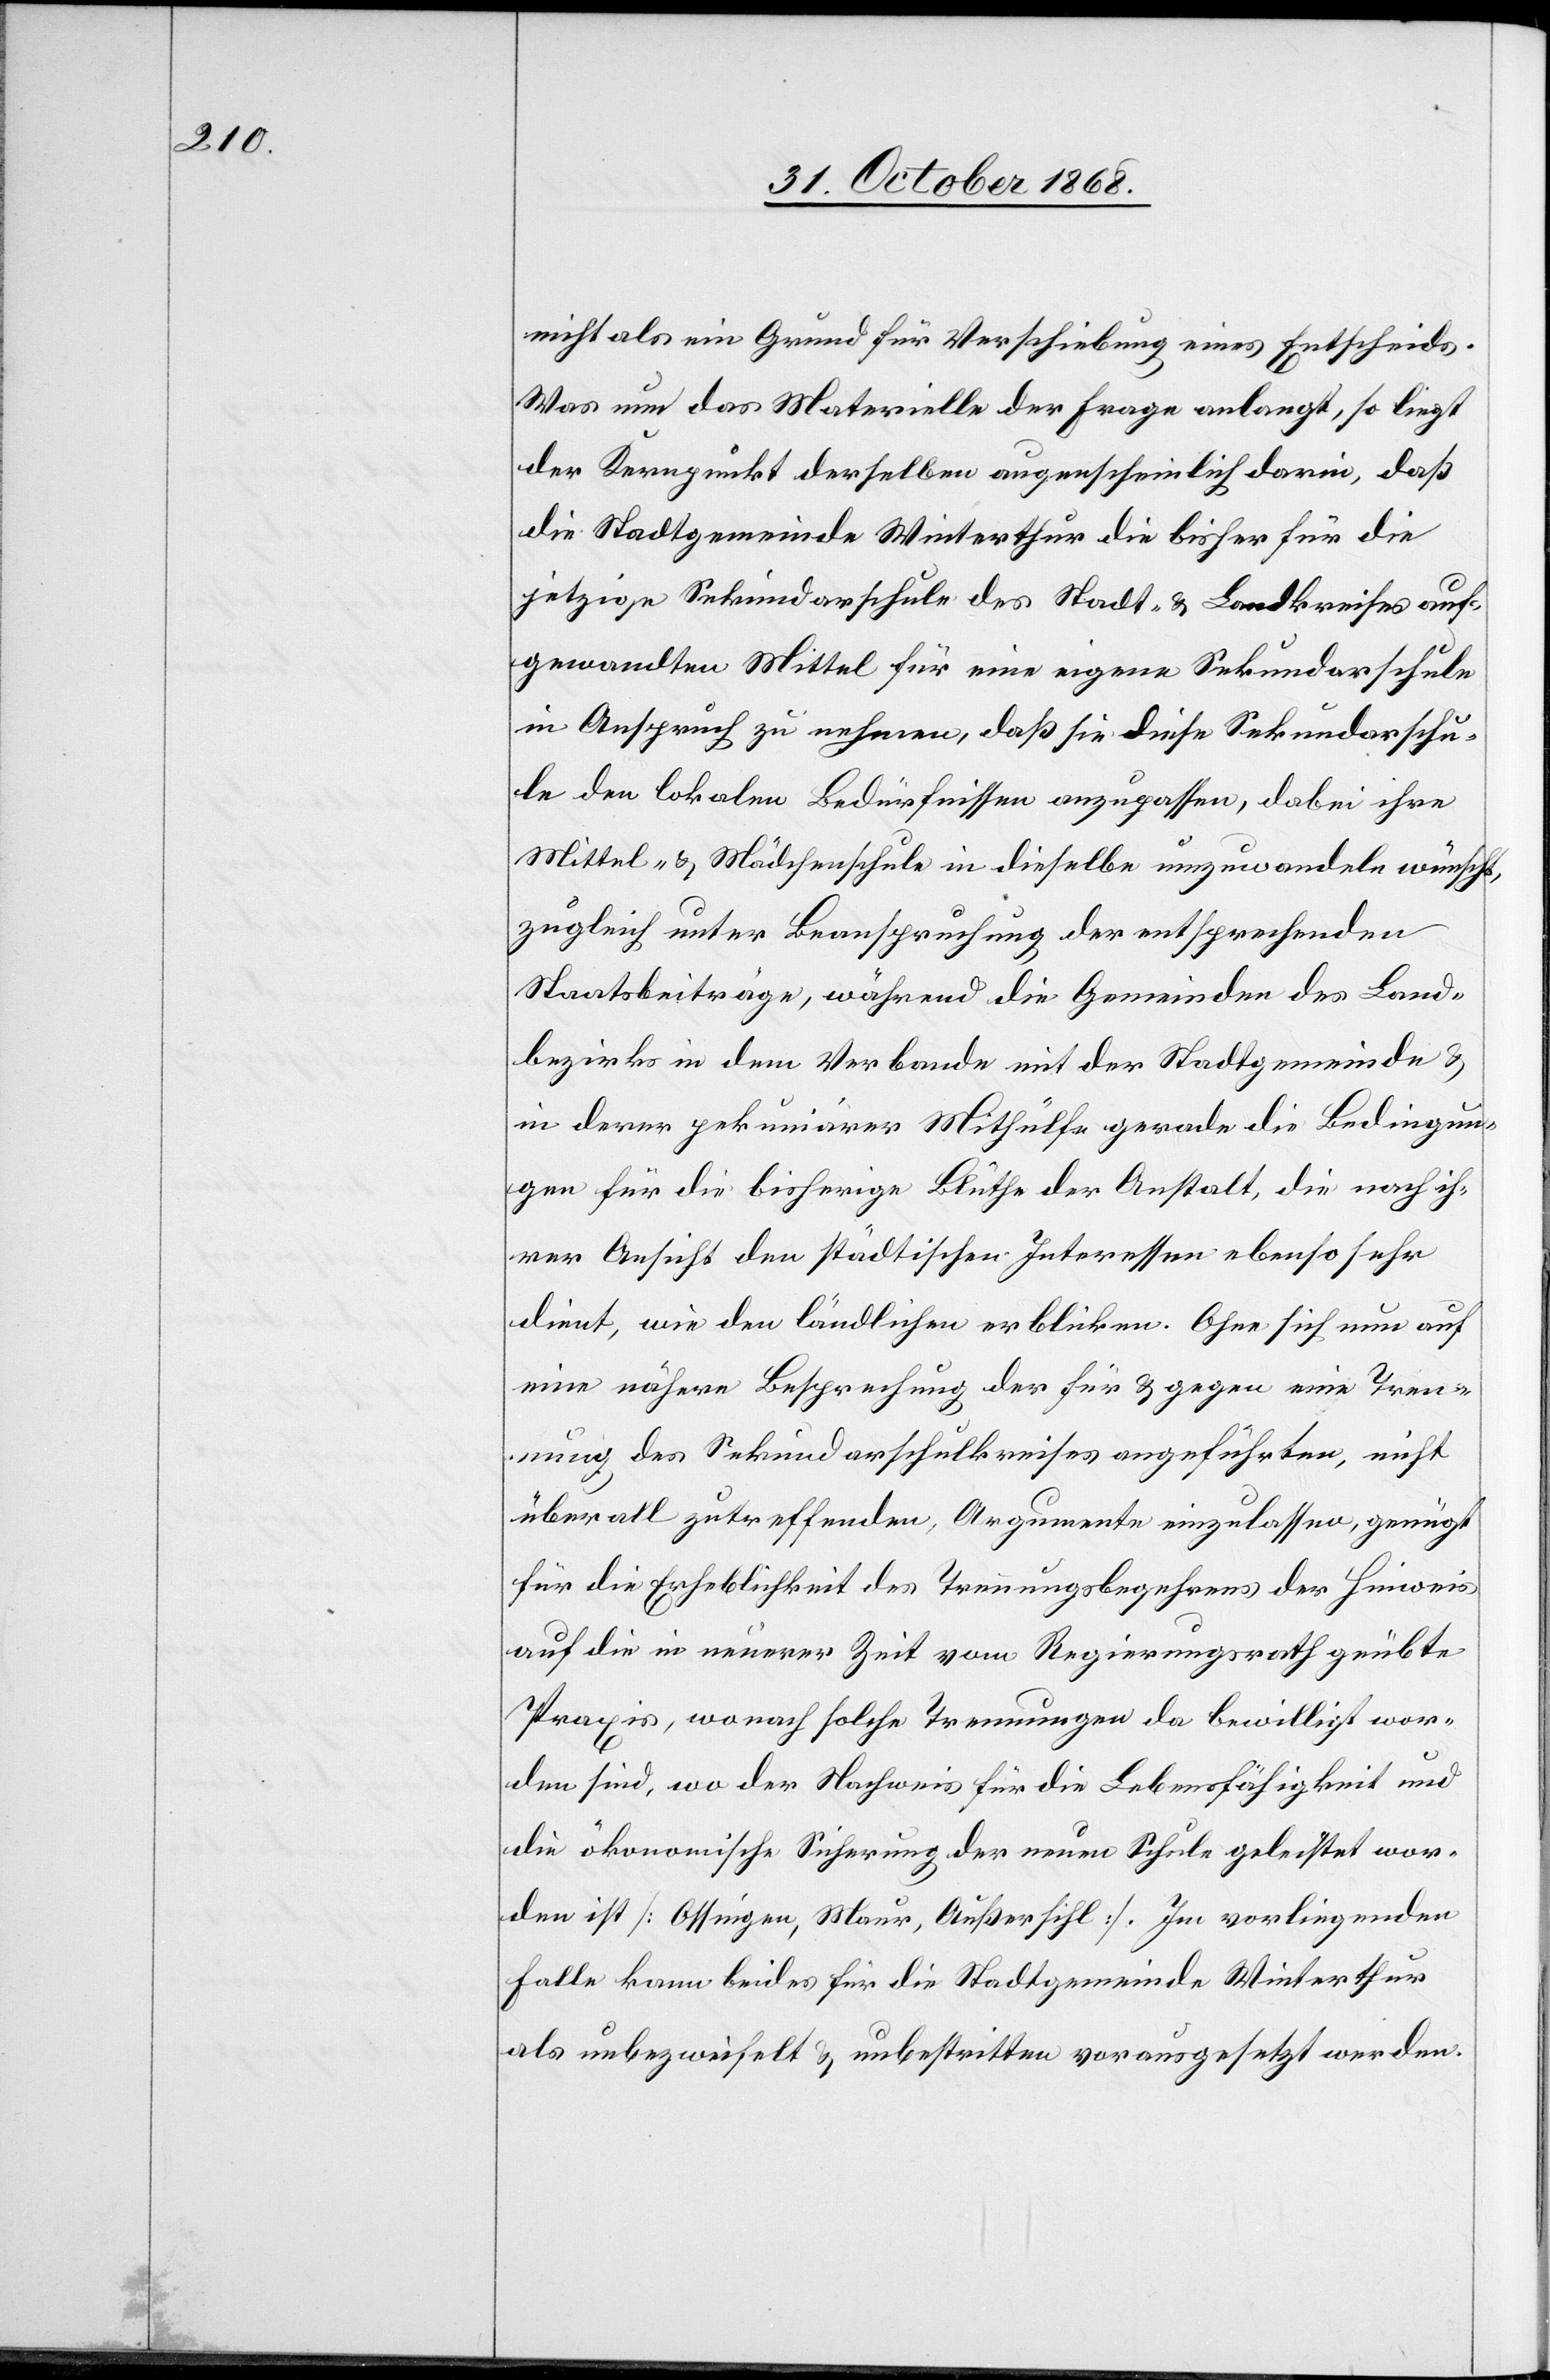
nicht als ein Grund für Verschiebung eines Entscheids.
Was nun das Materielle der Frage anlangt, so liegt
der Kernpunkt derselben augenscheinlich darin, daß
die Stadtgemeinde Winterthur die bisher für die
jetzige Sekundarschule des Stadt- & Landkreises auf¬
gewandten Mittel für eine eigene Sekundarschule
in Anspruch zu nehmen, daß sie diese Sekundarschu¬
le den lokalen Bedürfnissen anzupassen, dabei ihre
Mittel- & Mädchenschule in dieselbe umzuwandeln wünscht,
zugleich unter Beanspruchung der entsprechenden
Staatsbeiträge, während die Gemeinden des Land¬
bezirks in dem Verbande mit der Stadtgemeinde &
in derer pekuniärer Mithülfe gerade die Bedingun¬
gen für die bisherige Blüthe der Anstalt, die nach ih¬
rer Ansicht den städtischen Interessen ebenso sehr
dient, wie den ländlichen erblicken. Ohne sich nun auf
eine nähere Besprechung der für & gegen eine Tren¬
nung des Sekundarschulkreises angeführten, nicht
überall zutreffenden, Argumente einzulassen, genügt
für die Erheblichkeit des Trennungsbegehrens der Hinweis
auf die in neuerer Zeit vom Regierungsrath geübte
Praxis, wonach solche Trennungen da bewilligt wor¬
den sind, wo der Nachweis für die Lebensfähigkeit und
die ökonomische Sicherung der neuen Schule geleistet wor¬
den ist [Ossingen, Maur, Außersihl]. Im vorliegenden
Falle kann beides für die Stadtgemeinde Winterthur
als unbezweifelt & unbestritten vorausgesetzt werden.